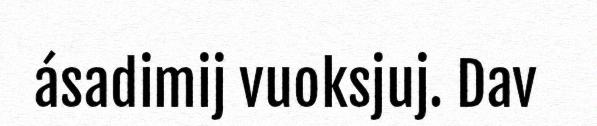
ásadimij vuoksjuj. Dav